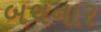
બચનાર